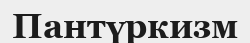
Пантүркизм